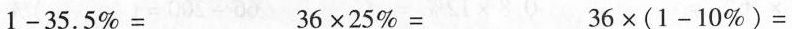
$$1 - 3 5 . 5 % =$$ $$3 6 \times 2 5 % =$$ $$3 6 \times ( 1 - 1 0 % ) =$$